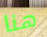
هنا